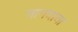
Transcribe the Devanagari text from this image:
जागवावा